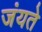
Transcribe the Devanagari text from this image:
जंयते